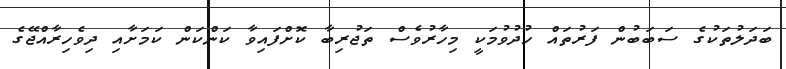
ބަދަލުތަކުގެ ސަބަބުން ފަރުތައް ހުދުވުމަކީ މިހާރުވެސް ތަޖުރިބާ ކޮށްފައިވާ ކަންކަން ކަމަށާއި ދިވެހިރާއްޖޭގެ